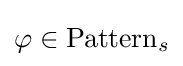
\varphi \in \mathrm {Pattern} _{s}